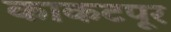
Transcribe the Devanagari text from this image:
काकटपूर